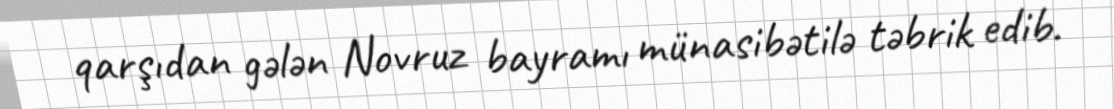
qarşıdan gələn Novruz bayramı münasibətilə təbrik edib.